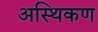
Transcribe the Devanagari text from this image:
अस्थिकण